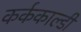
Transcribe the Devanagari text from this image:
कर्ककाल्डी